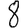
Digit: 8